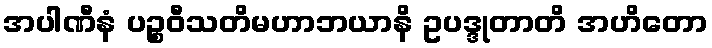
အပါဏီနံ ပဉ္စဝီသတိမဟာဘယာနိ ဥပဒ္ဒုတာတိ အဟိတော